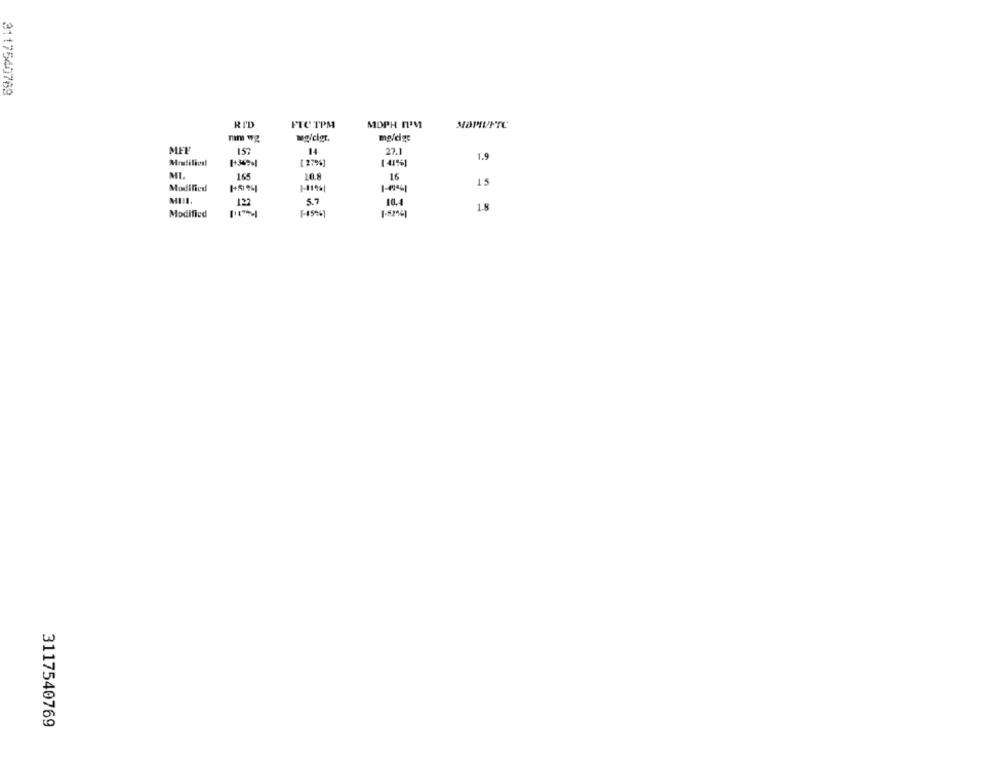
3117540769
RI'D
FTC TPM
MDPH I'M
mg/ciat.
mg/cgc
MEN
157
27.1
1.9
Mrasilica!
[ 279%]
[ 41%]
MI.
16
10.8
16
15
Modified
1-119%|
1-49441
MIII.
122
5.7
10.4
1.5
Modified
(-45%]
3117540769